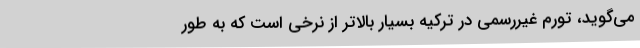
می‌گوید، تورم غیررسمی در ترکیه بسیار بالاتر از نرخی است که به طور